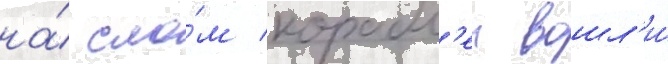
на́ сло́м корабл'еи вошл'и́